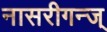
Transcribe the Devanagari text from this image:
नासरीगन्ज्